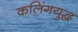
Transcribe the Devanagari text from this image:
कलिंगयुद्ध